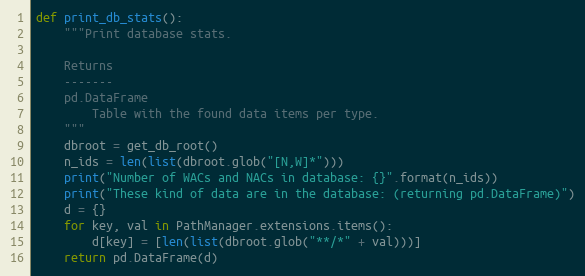
Language: Python
def print_db_stats():
    """Print database stats.

    Returns
    -------
    pd.DataFrame
        Table with the found data items per type.
    """
    dbroot = get_db_root()
    n_ids = len(list(dbroot.glob("[N,W]*")))
    print("Number of WACs and NACs in database: {}".format(n_ids))
    print("These kind of data are in the database: (returning pd.DataFrame)")
    d = {}
    for key, val in PathManager.extensions.items():
        d[key] = [len(list(dbroot.glob("**/*" + val)))]
    return pd.DataFrame(d)